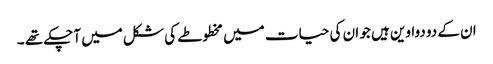
ان کے دو دواوین ہیں جو ان کی حیات میں مخطوطے کی شکل میں آچکے تھے ۔